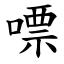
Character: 嘌